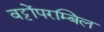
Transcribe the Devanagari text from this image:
वट्टोंपरम्बिल